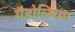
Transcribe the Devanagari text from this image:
गैडोलियम